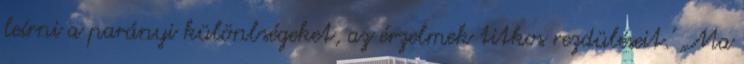
leírni a parányi különbségeket, az érzelmek titkos rezdüléseit.' „Ma